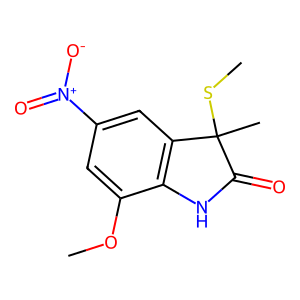
SMILES: COc1cc([N+](=O)[O-])cc2c1NC(=O)C2(C)SC
Inhibits HIV replication: No